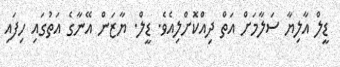
ޑީލް އާލިޔާ ސަލާމަށް އަތް ދިއްކޮށްލިއެވެ. ޑީލް. ޔާޒަން އޭނާގެ އަތުގައި ހިފައި